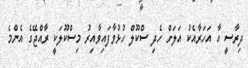
ދިރާސީ އާ އަހަރާއެކު އަލަށް ހެދި ސްކޫލް ހުޅުވާފައިވާއިރު މިސްކޫލަކީ ރާއްޖޭގެ އެންމެ